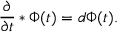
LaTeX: { \frac { \partial } { \partial t } } * \Phi ( t ) = d \Phi ( t ) .